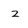
Character: z